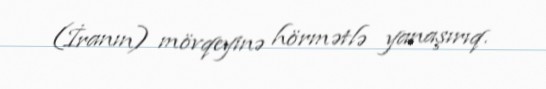
(İranın) mövqeyinə hörmətlə yanaşırıq.